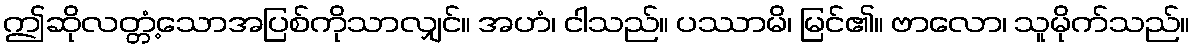
ဤဆိုလတ္တံ့သောအပြစ်ကိုသာလျှင်။ အဟံ၊ ငါသည်။ ပဿာမိ၊ မြင်၏။ ဗာလော၊ သူမိုက်သည်။